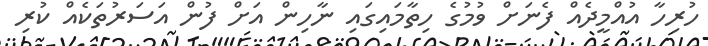
ހުރިހާ އުއްމީދެއް ފެނަށް ވުމުގެ ހިތާމައިގައި ނާހިން އަށް ފުން އަސަރުތަކެއް ކުރި